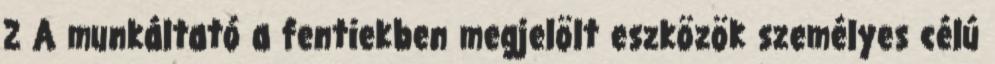
2 A munkáltató a fentiekben megjelölt eszközök személyes célú